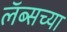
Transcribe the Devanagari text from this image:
लॅब्सच्या